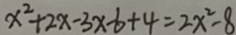
x ^ { 2 } + 2 x - 3 x - 6 + 4 = 2 x ^ { 2 } - 8